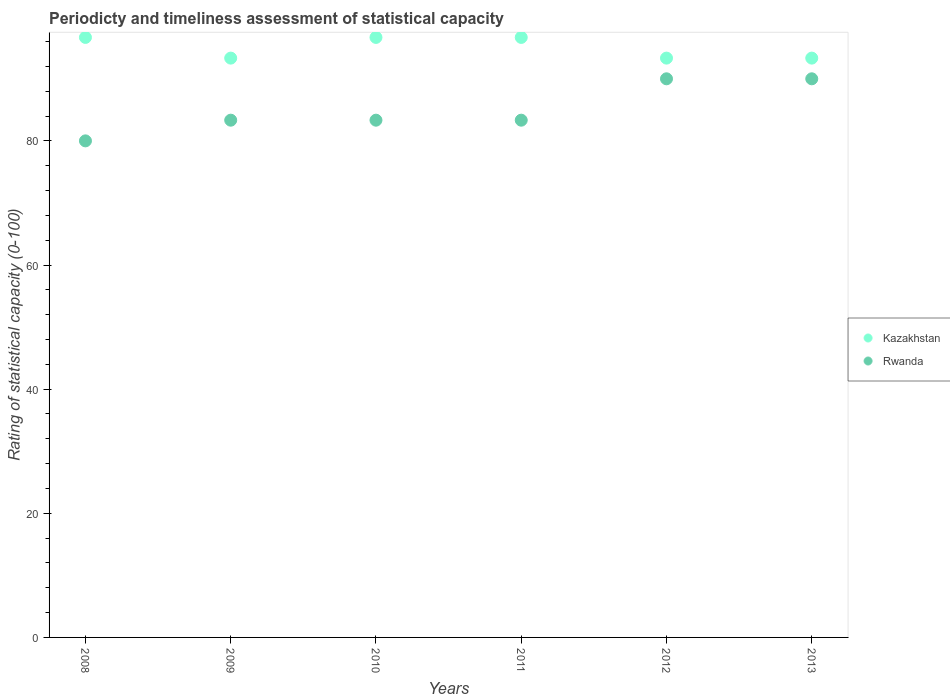
| Years | Kazakhstan | Rwanda |
 | --- | --- | --- |
 | 2008 | 96.7 | 80 |
 | 2009 | 93.3 | 83.3 |
 | 2010 | 96.7 | 83.3 |
 | 2011 | 96.7 | 83.3 |
 | 2012 | 93.3 | 90 |
 | 2013 | 93.3 | 90 |